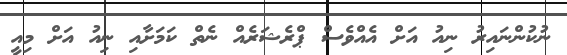
ނުކުންނައިރު ނިއު އަށް އެއްވެސް ޕްރެޝަރެއް ނެތް ކަމަށާއި ނިއު އަށް މިއީ